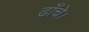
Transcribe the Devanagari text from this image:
ढाँचे।